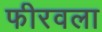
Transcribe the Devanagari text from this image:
फीरवला